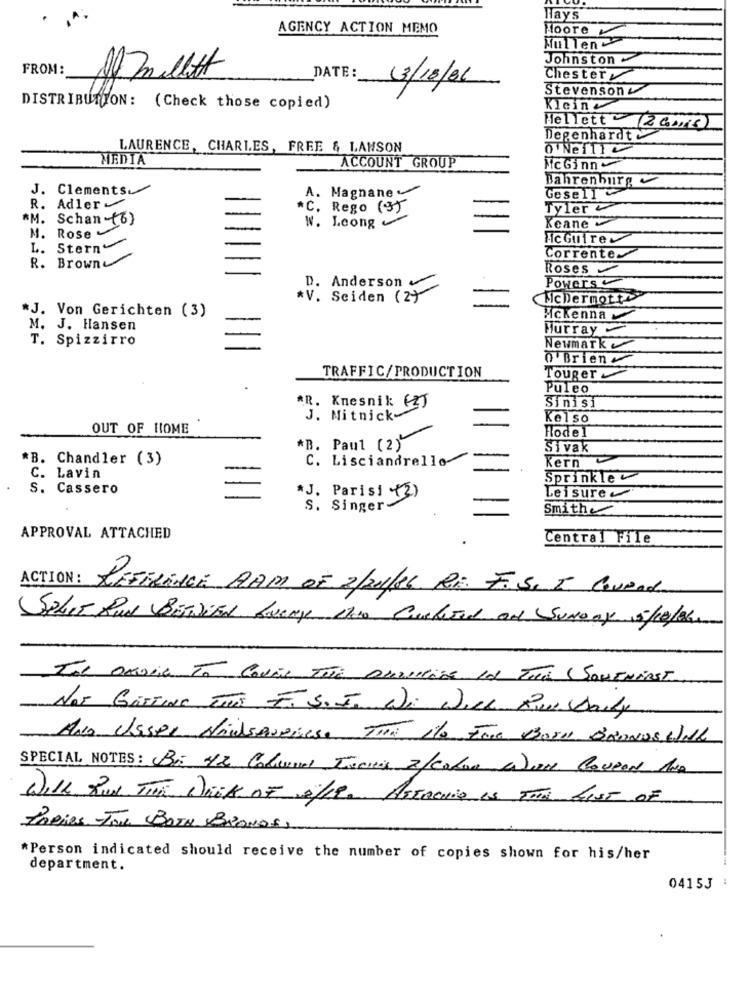
Hays
AGENCY ACTION MEMO
Moore
Mullen
Johnston
FROM:
Af millet
DATE :_
Chester
13/18/06
Stevenson
DISTRIBUTION: (Check those copied)
Kleine
Mellett (20018
Degenhardt
LAURENCE, CHARLES, FREE & LANSON
o Neill
MEDIA
ACCOUNT GROUP
Mc Ginny
Bahrenburg
J. Clements
A. Magnane
Gesell~
R. Adler
*C. Rego (3)
Tyler
*M. Schan -(6)
W. Loong
Keane
M.
Rose
Hc Gul re
L. Stern-
R. Brown
Corrente
Roses
Powers
D. Anderson
*V. Seiden (2)
McDermott
*J. Von Gerichten (3)
Mckenna
M. J. Hansen
Murray
T. Spizzirro
Newmark
O Brien
TRAFFIC/PRODUCTION
Touger
Puleo
*R. Knesnik (2)
Sinişi
J. Mitnick-
Kelso
OUT OF HOME
Hodel
*B. Paul (2)
Sivak
*B. Chandler (3)
C. Lisciandrello
Kern
C. Lavin
Sprinkle
S. Cassero
*J. Parisi (2)
Leisure
S. Singer
Smith
APPROVAL ATTACHED
Central File
ACTION :
REFERENCE RAM OF 2/21/86 RE. F.S. I. Cavend
SPLIT RUN BETWEEN Aweng The Cucheted on SUNDAY 5/10/26.
TAL ORONA TA CONEN TÊTE DIRritiDE la TITTA (SONENNAST
Not GETTING Tur Fi Steen Wi Will RusDaily
AND Usser MailsANDises. THE Nto For Born BRANDS WILL
SPECIAL NOTES: Bi 42 Colaires Tacions 2/calor Were Covered Aus
WILL RUN THE DECK OF 2/19. ATTACHED IS THE LIST OF
PARIOS FOR BOTH BRANDA)
*Person indicated should receive the number of copies shown for his/her
department.
:
04153